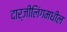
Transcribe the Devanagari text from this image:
दार्जीलिंगमधील